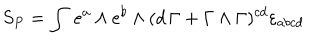
S _ { P } = \int \, e ^ { a } \wedge e ^ { b } \wedge ( d \, \Gamma + \Gamma \wedge \Gamma ) ^ { c d } \varepsilon _ { a b c d } \label 3